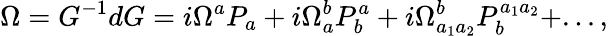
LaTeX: \Omega=G^{-1}dG=i\Omega^{a}P_{a}+i\Omega_{a}^{b}P_{b}^{a}+i\Omega_{a_{1}a_{2}}^{b}P_{b}^{a_{1}a_{2}}+...,